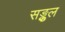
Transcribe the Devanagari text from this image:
सङ्कुल